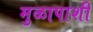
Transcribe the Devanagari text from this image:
मुळापाशी